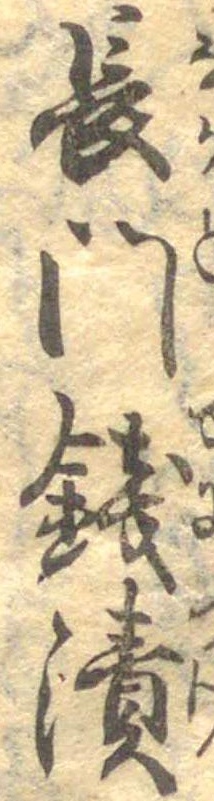
長門銭漬